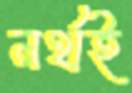
নর্থই